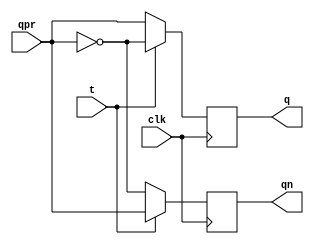
module tflip(input t,clk,qpr,output reg q,qn);
reg qnpr;
always @(posedge clk) begin
qnpr = ~qpr;

	if(t==1'b1) begin
	q=qnpr;
	qn=qpr;
	end
	else begin
	q=qpr;
	qn=qnpr;
	end

end
endmodule